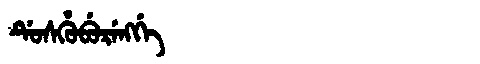
Manchu: ᡩᡠᠰᡥᡠᠪᡠᡵᡝᠩᡤᡝ
Romanization: DUSHUBURENGGE